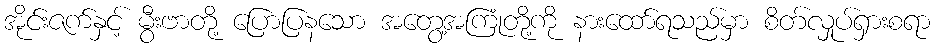
အိုင်းဇက်နှင့် မွီးဗာတို့ ပြောပြနသော အတွေ့အကြုံတို့ကို နားထော်ရသည်မှာ စိတ်လှုပ်ရှားစရာ